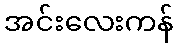
အင်းလေးကန်